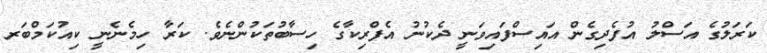
ކަރަލުގެ އަސްލު އުފެދިގެން އައިސްފައިވަނީ ދެކުނު އެފްރިކާގެ ހިސާބުތަކުންނެވެ. ކަރާ ހިމެނެނީ ކިއުކަމްބަރ